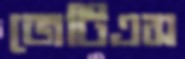
জেটিএস